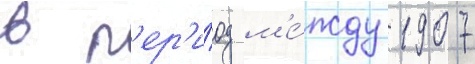
в п'ер'и́од м'е́жду 1907